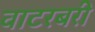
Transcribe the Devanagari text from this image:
वाटरबरी